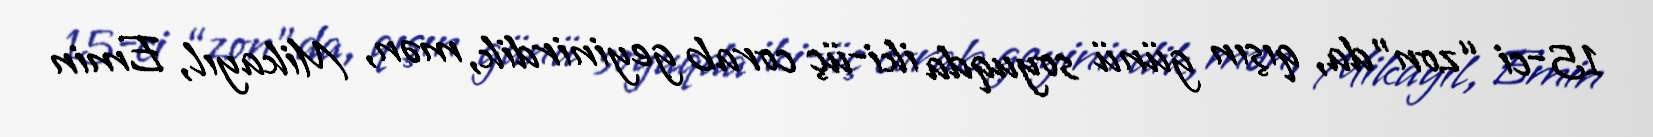
15-ci “zon”da, qışın günü soyuqda iki-üç corab geyinirdik, mən, Mikayıl, Emin